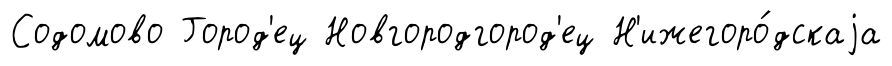
Содомово Город'ец Новгородгород'ец Н'ижегоро́дскаjа